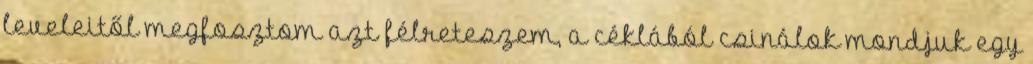
leveleitől megfosztom azt félreteszem, a céklából csinálok mondjuk egy